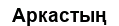
Аркастың